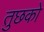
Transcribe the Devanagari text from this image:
तुछको